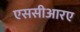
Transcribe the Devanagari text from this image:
एससीआरए